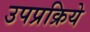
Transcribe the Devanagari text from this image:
उपप्रक्रिये